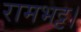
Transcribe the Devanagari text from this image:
रामभट्ट।